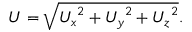
\centering U = \sqrt { { U _ { x } } ^ { 2 } + { U _ { y } } ^ { 2 } + { U _ { z } } ^ { 2 } } .